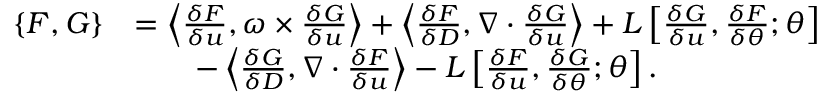
\begin{array} { r l } { \{ F , G \} } & { = \left\langle \frac { \delta F } { \delta u } , \omega \times \frac { \delta G } { \delta u } \right\rangle + \left\langle \frac { \delta F } { \delta D } , \nabla \cdot \frac { \delta G } { \delta u } \right\rangle + L \left[ \frac { \delta G } { \delta u } , \frac { \delta F } { \delta \theta } ; \theta \right] } \\ & { \qquad - \left\langle \frac { \delta G } { \delta D } , \nabla \cdot \frac { \delta F } { \delta u } \right\rangle - L \left[ \frac { \delta F } { \delta u } , \frac { \delta G } { \delta \theta } ; \theta \right] . } \end{array}